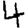
Digit: 4